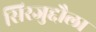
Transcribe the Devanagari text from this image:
सिरजुद्दौला